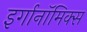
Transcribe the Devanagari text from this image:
इर्गानॉमिक्स